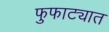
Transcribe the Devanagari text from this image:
फुफाट्यात